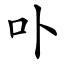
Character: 卟